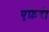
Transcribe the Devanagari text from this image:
एफ़ेरो